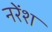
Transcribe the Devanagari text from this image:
नरेंश